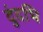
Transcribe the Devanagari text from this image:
दुंदभि